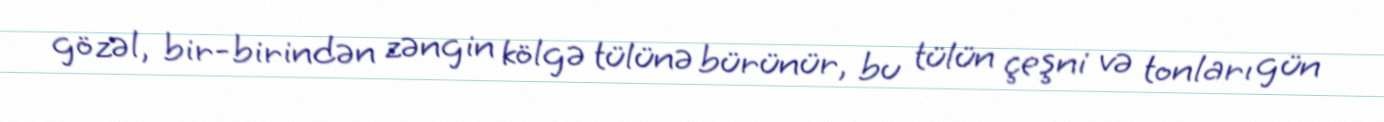
gözəl, bir-birindən zəngin kölgə tülünə bürünür, bu tülün çeşni və tonları gün